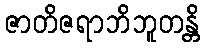
ဇာတိဇရာဘိဘူတန္တိ